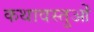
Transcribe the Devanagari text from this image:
कथावस्तुओं